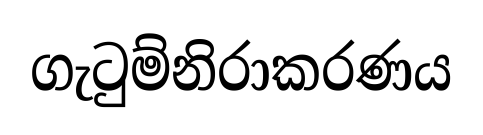
ගැටුම්නිරාකරණය